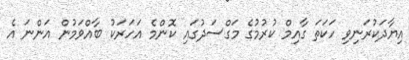
އިޔާދަކުރަނިވި ހަކަތަ ގާއިމް ކުރުމުގެ މަގްސަދުގައި ކޮންމެ އަހަރަކު ބާއްވަމުން އަންނަ އެ